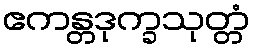
ဧကန္တဒုက္ခသုတ္တံ